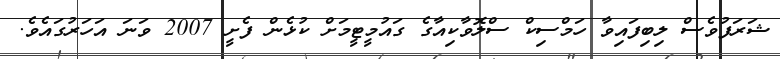
ޝަރަފުވެސް ލިބިފައިވާ ހަމްސިކް ސްލޮވާކިއާގެ ގައުމީޓީމަށް ކުޅެން ފެށީ 2007 ވަނަ އަހަރުގައެވެ.